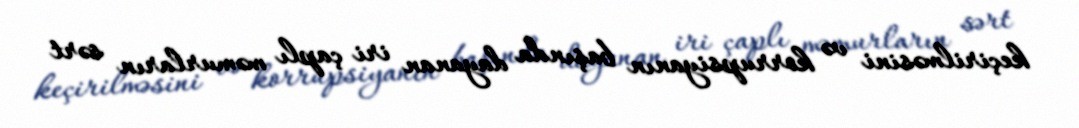
keçirilməsini və korrupsiyanın başında dayanan iri çaplı məmurların sərt